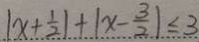
\vert x + \frac { 1 } { 2 } \vert + \vert x - \frac { 3 } { 2 } \vert \leq 3